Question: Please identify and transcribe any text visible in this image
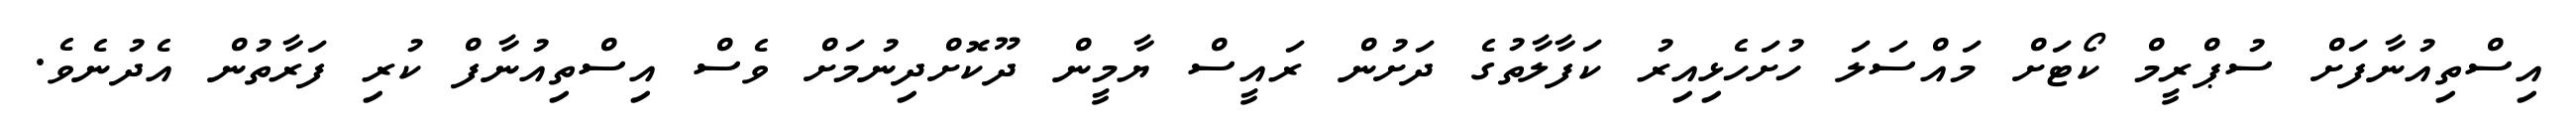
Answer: އިސްތިއުނާފަށް ސުޕްރީމް ކޯޓަށް މައްސަލަ ހުށަހެޅިއިރު ކަފާލާތުގެ ދަށުން ރައީސް ޔާމީން ދޫކޮށްދިނުމަށް ވެސް އިސްތިއުނާފް ކުރި ފަރާތުން އެދުނެވެ.